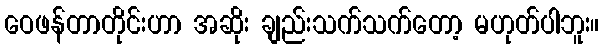
ဝေဖန်တာတိုင်းဟာ အဆိုး ချည်းသက်သက်တော့ မဟုတ်ပါဘူး။